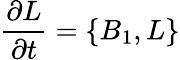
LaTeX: {\frac{\partial L}{\partial t}}=\{ B_{1},L\}